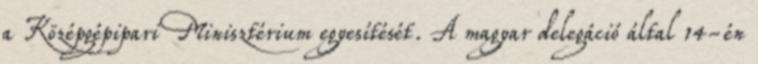
a Középgépipari Minisztérium egyesítését. A magyar delegáció által 14-én